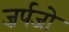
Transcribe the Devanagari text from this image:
ज़र्पजो